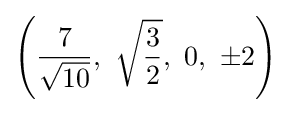
\left({\frac {7}{\sqrt {10}}},\ {\sqrt {\frac {3}{2}}},\ 0,\ \pm 2\right)